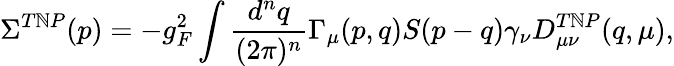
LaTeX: \Sigma^{T\mathbb{N}P}(p)=-g_{F}^{2}\int{\frac{{d^{n}q}}{{(2\pi)^{n}}}}\Gamma_{\mu}(p,q)S(p-q)\gamma_{\nu}D_{\mu\nu}^{T\mathbb{N}P}(q,\mu),